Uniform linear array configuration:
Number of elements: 64
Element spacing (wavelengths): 0.5
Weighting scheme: binomial
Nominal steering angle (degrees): -30
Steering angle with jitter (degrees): -28.845
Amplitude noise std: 0.05
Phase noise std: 0.05

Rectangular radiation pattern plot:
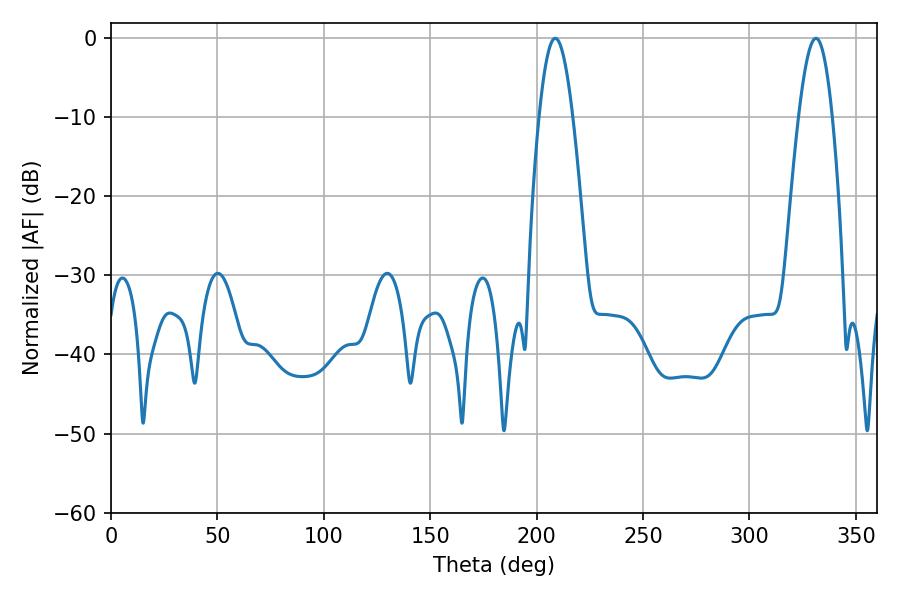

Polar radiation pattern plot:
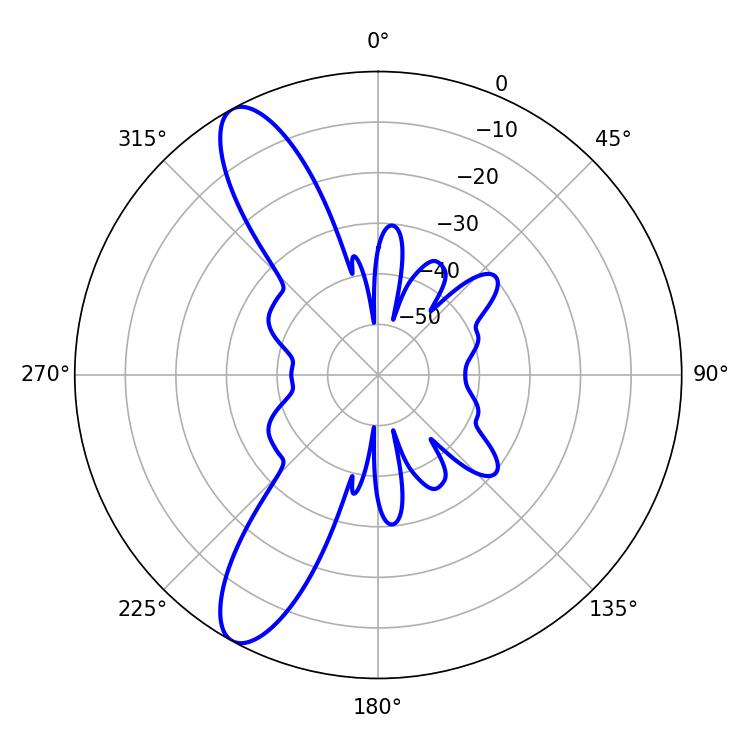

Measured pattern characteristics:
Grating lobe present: FALSE
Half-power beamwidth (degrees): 8.64
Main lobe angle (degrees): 208.8